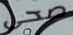
صحى